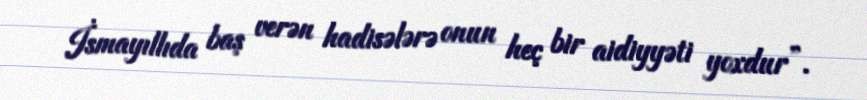
İsmayıllıda baş verən hadisələrə onun heç bir aidiyyəti yoxdur”.